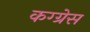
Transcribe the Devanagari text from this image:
कग्ग्रेस